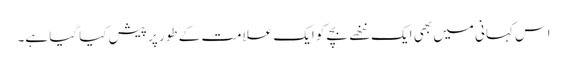
اس کہانی میں بھی ایک ننھے بچے کو ایک علامت کے طور پر پیش کیا گیا ہے۔